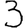
Digit: 3